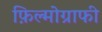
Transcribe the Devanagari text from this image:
फ़िल्मोग्राफी